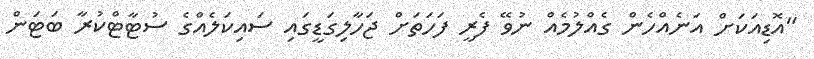
"އޮޑިއަކަށް އަނެއްހެން ގެއްލުމެއް ނުވޭ ފެރީ ފަހަތަށް ޖަހާލިގަޑީގައި ސައިކަލެއްގެ ސުޓާޓްކުރާ ބަޓަން